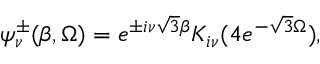
\psi _ { \nu } ^ { \pm } ( \beta , \Omega ) = e ^ { \pm i \nu \sqrt { 3 } \beta } K _ { i \nu } ( 4 e ^ { - \sqrt { 3 } \Omega } ) ,